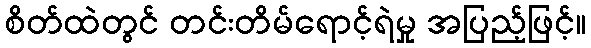
စိတ်ထဲတွင် တင်းတိမ်ရောင့်ရဲမှု အပြည့်ဖြင့်။